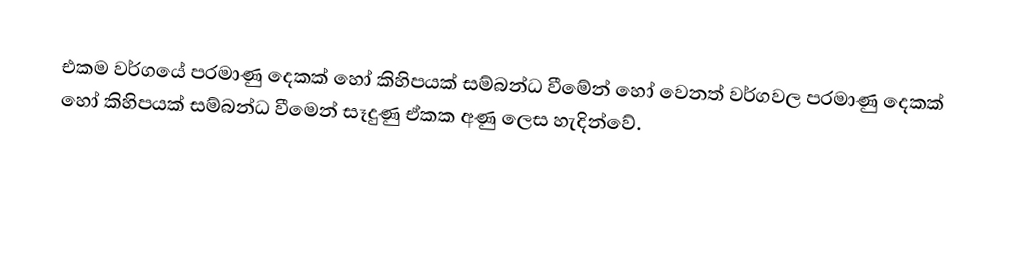
එකම වර්ගයේ පරමාණු දෙකක් හෝ කිහිපයක් සම්බන්ධ වීමේන් හෝ වෙනත් වර්ගවල පරමාණු දෙකක් හෝ කිහිපයක් සම්බන්ධ වීමෙන් සෑදුණු ඒකක අණු ලෙස හැදින්වේ.